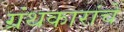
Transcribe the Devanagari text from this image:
ग्रंथकारांचे